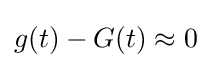
g(t)-G(t)\approx 0